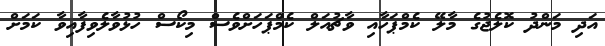
އަދި މަންދު ކޮލެޖުގެ މާލޭ ކެމްޕަހާއި ވާޗުއަލް ކެމްޕަހަށްވެސް މިކޯސް ހުޅުވާލެވިފާއިވާ ކަމަށް